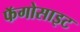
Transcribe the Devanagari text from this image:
फॅगोसाइट